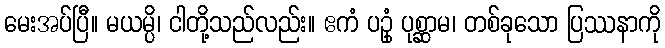
မေးအပ်ပြီ။ မယမ္ပိ၊ ငါတို့သည်လည်း။ ဧကံ ပဥှံ ပုစ္ဆာမ၊ တစ်ခုသော ပြဿနာကို